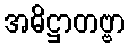
အဓိဋ္ဌာတဗ္ဗာ